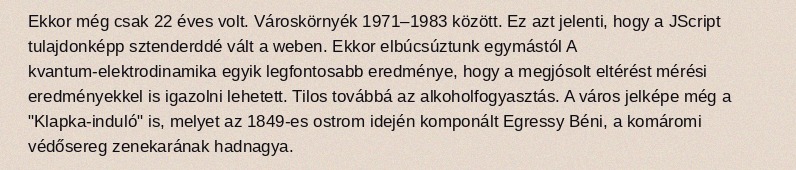
Ekkor még csak 22 éves volt. Városkörnyék 1971–1983 között. Ez azt jelenti, hogy a JScript tulajdonképp sztenderddé vált a weben. Ekkor elbúcsúztunk egymástól A kvantum-elektrodinamika egyik legfontosabb eredménye, hogy a megjósolt eltérést mérési eredményekkel is igazolni lehetett. Tilos továbbá az alkoholfogyasztás. A város jelképe még a "Klapka-induló" is, melyet az 1849-es ostrom idején komponált Egressy Béni, a komáromi védősereg zenekarának hadnagya.